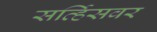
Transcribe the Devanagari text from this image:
सर्व्हिसवर